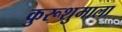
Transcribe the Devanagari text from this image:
कुरूशुमाला